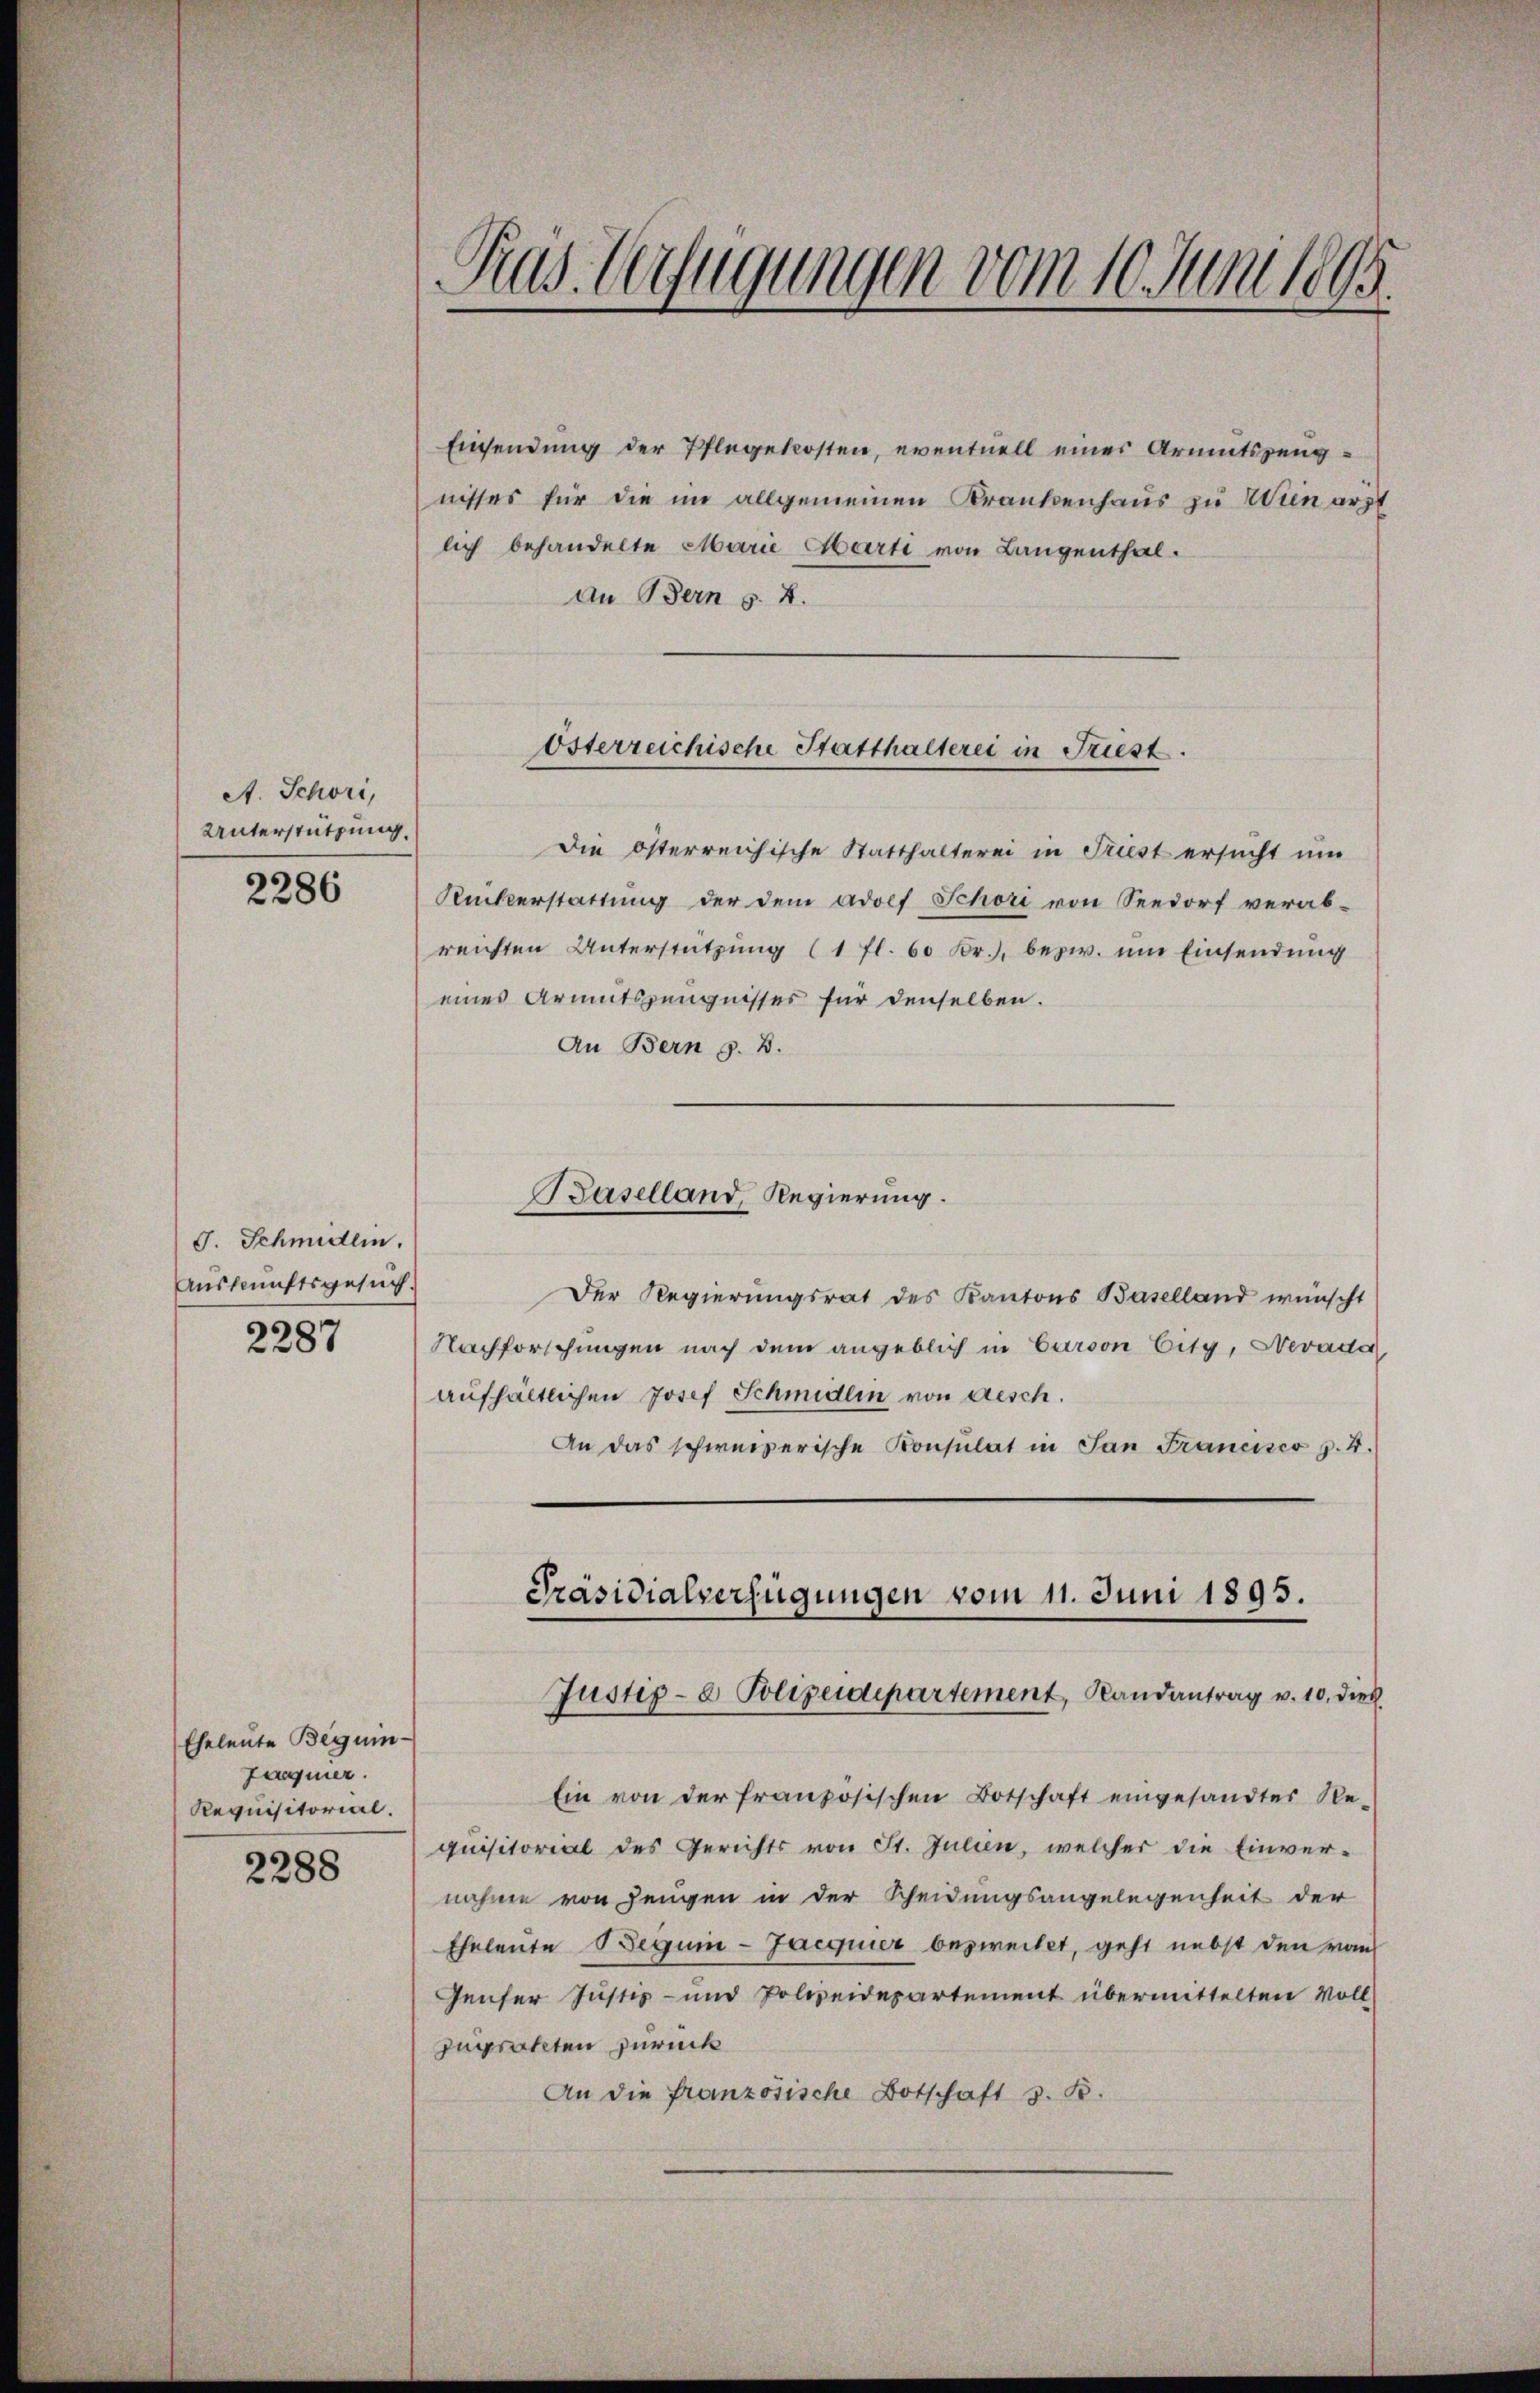
A. Schori,
Unterstützung.

2286

G. Schmidlin.
Auskunftsgesuch.

2287

Eheleute Beguin¬
Fagner.
Requisitorial.

2288

Rus Verfügungen vom 10. Juni 1895.

Einsendung der Pflegekosten, eventuell einer Armutszeugnisses für die im allgemeinen Krankenhaus zu Wien arzt
lich behandelte Marie Marti von Langenthal.
An Bern §. 8.
Die österreichische Statthalterei in Triest ersucht um
Ruckerstattŭng der dem Adolf Schori von Seedorf verab-
reichten Unterstützŭng (1 fl. 60 Fr., bezw. ŭm Einsendung
eines Armutszeugnisses für denselben.
An Bern z. B.
Baselland, Regierung.
Der Regierungsrat des Kantons Baselland wünscht
Nachforschungen nach dem angeblich in Carson Eity, Nevader
aufhältlichen Josef Schmidlin von desch.
An das schweizerische Konsulat in San Francisco p. 4.

Österreichische Statthalterei in Friest.

Präsidialverfügungen vom 11. Juni 1895.
Justiz- & Polizeidepartement, Randantrag v. 10. die

Ein von der französischen Botschaft eingesandter Re-
quisitorial des Gerichts von St. Julien, welcher die Einver-
nahme von Zeugen in der Scheidungsangelegenheit der
Eheleute Begui- Jacquier bezweitet, geht nebst den von
Genfer Justiz- und Polizeidepartement übermittelten Voll-
Inprakten zurück
An die französische Botschaft z. B.